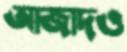
আজাদও